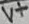
Text: V+